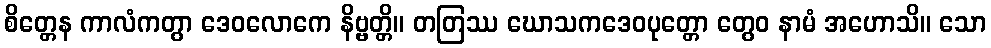
စိတ္တေန ကာလံကတွာ ဒေဝလောကေ နိဗ္ဗတ္တိ။ တတြဿ ဃောသကဒေဝပုတ္တော တွေဝ နာမံ အဟောသိ။ သော